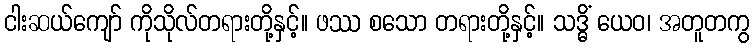
ငါးဆယ်ကျော် ကိုသိုလ်တရားတို့နှင့်။ ဖဿ စသော တရားတို့နှင့်။ သဒ္ဓိံ ယေဝ၊ အတူတကွ